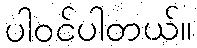
ပါဝင်ပါတယ်။